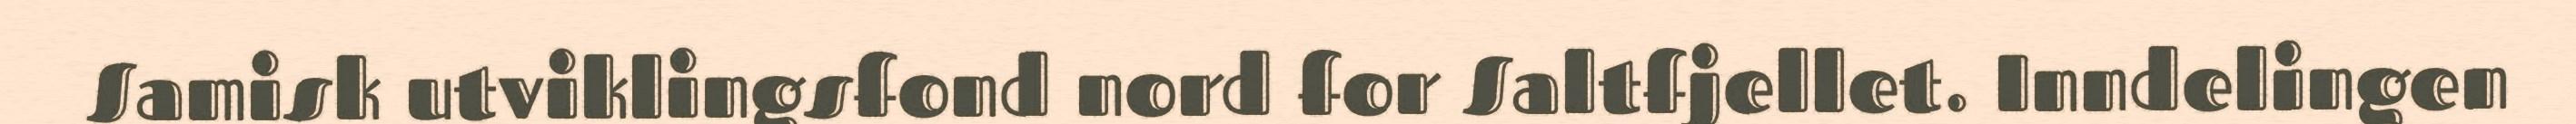
Samisk utviklingsfond nord for Saltfjellet. Inndelingen